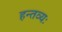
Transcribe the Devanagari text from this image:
हन्तव्यः